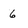
Character: 6